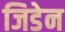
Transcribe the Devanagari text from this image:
जिडेन